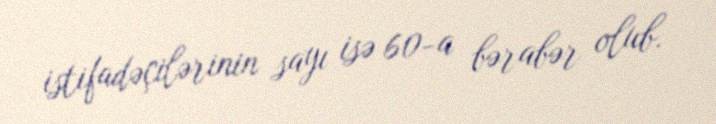
istifadəçilərinin sayı isə 60-a bərabər olub.